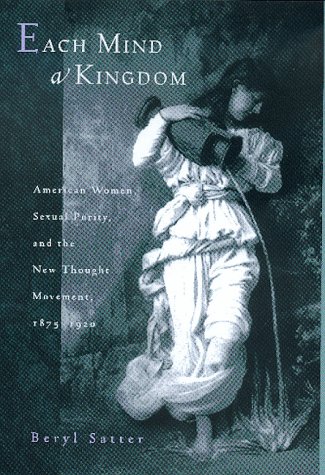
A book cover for Each Mind a Kingdom: American Women, Sexual Purity, and the New Thought Movement, 1875-1920; Beryl Satter; Christian Books & Bibles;